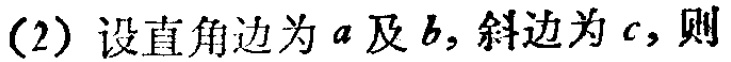
(2) 设直角边为\(a\)及\(b\)，斜边为\(c\)，则